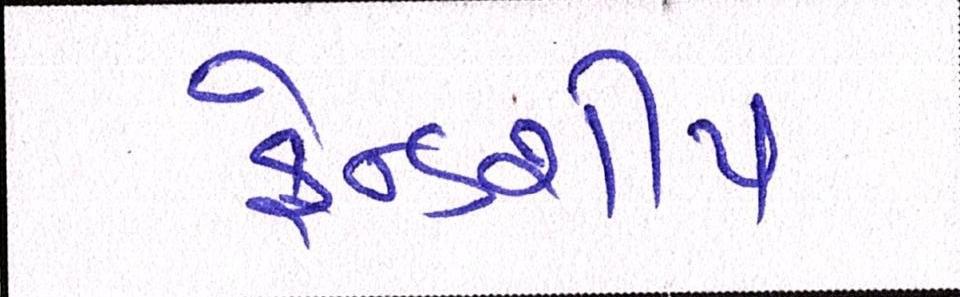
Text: ફ્રેન્ડશીપ